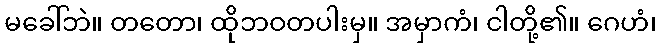
မခေါ်ဘဲ။ တတော၊ ထိုဘဝတပါးမှ။ အမှာကံ၊ ငါတို့၏။ ဂေဟံ၊